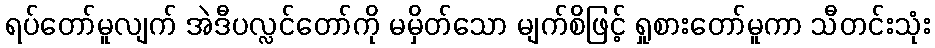
ရပ်တော်မူလျက် အဲဒီပလ္လင်တော်ကို မမှိတ်သော မျက်စိဖြင့် ရှုစားတော်မူကာ သီတင်းသုံး